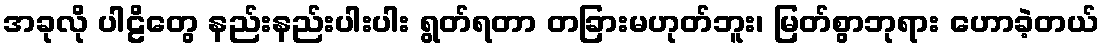
အခုလို ပါဠိတွေ နည်းနည်းပါးပါး ရွတ်ရတာ တခြားမဟုတ်ဘူး၊ မြတ်စွာဘုရား ဟောခဲ့တယ်